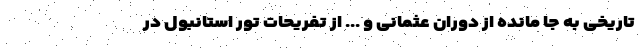
تاریخی به جا مانده از دوران عثمانی و ... از تفریحات تور استانبول در